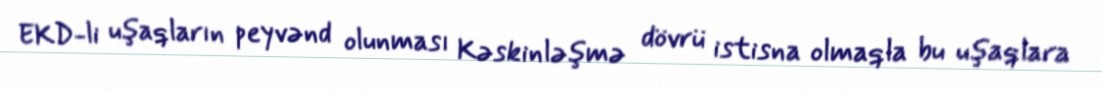
EKD-li uşaqların peyvənd olunması Kəskinləşmə dövrü istisna olmaqla bu uşaqlara